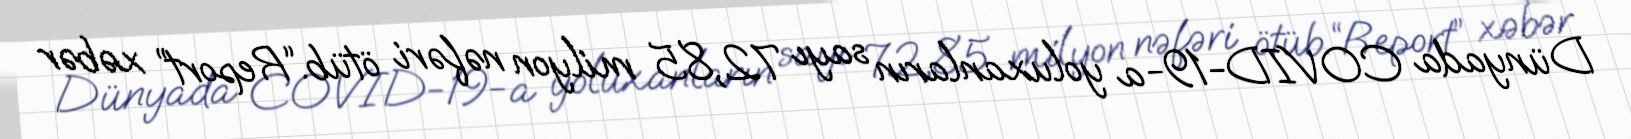
Dünyada COVID-19-a yoluxanların sayı 72,85 milyon nəfəri ötüb.“Report” xəbər